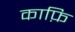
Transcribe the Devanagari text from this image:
काफ़ि